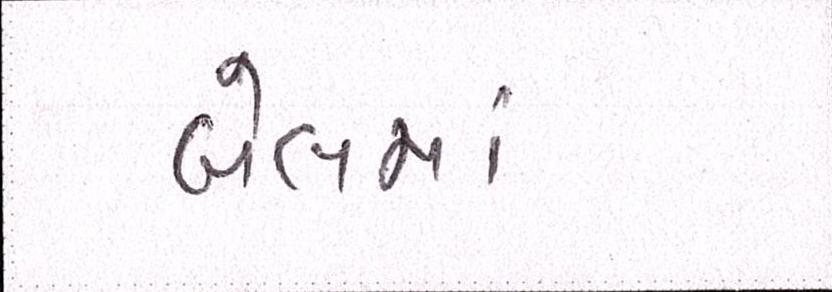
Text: બેલમાં